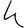
Digit: 4